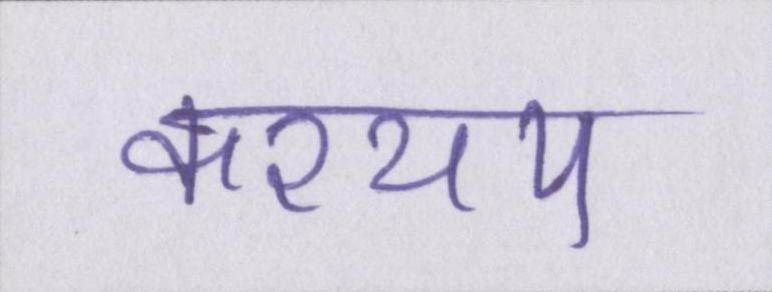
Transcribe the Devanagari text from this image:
कश्यप